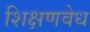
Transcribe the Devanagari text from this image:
शिक्षणवेध